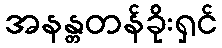
အနန္တတန်ခိုးရှင်